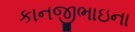
કાનજીભાઇના